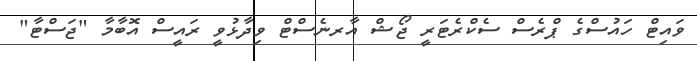
ވައިޓް ހައުސްގެ ޕްރެސް ސެކްރެޓަރީ ޖޯޝް އާރނެސްޓް ވިދާޅުވީ ރައީސް އޮބާމާ "ޖަސްޓާ"